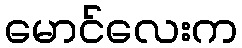
မောင်လေးက